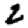
Digit: 2